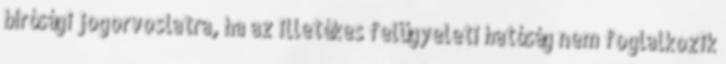
bírósági jogorvoslatra, ha az illetékes felügyeleti hatóság nem foglalkozik